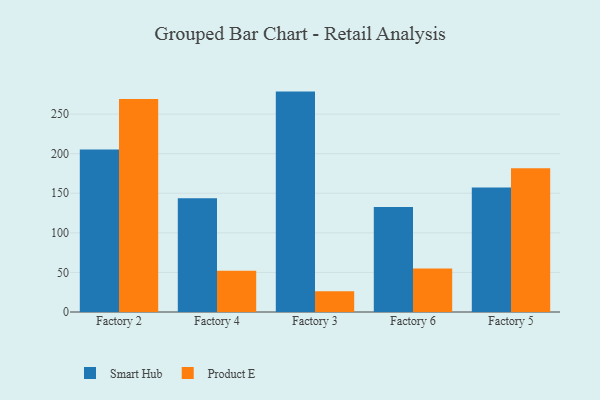
{"axis": {"x": "Factory", "y": "Demand Index"}, "legend": ["Product E", "Smart Hub"], "data": [{"x": "Factory 2", "y": 205.4, "type": "Smart Hub"}, {"x": "Factory 2", "y": 269.2, "type": "Product E"}, {"x": "Factory 4", "y": 143.7, "type": "Smart Hub"}, {"x": "Factory 4", "y": 52.2, "type": "Product E"}, {"x": "Factory 3", "y": 278.4, "type": "Smart Hub"}, {"x": "Factory 3", "y": 26.1, "type": "Product E"}, {"x": "Factory 6", "y": 132.6, "type": "Smart Hub"}, {"x": "Factory 6", "y": 55.1, "type": "Product E"}, {"x": "Factory 5", "y": 157.2, "type": "Smart Hub"}, {"x": "Factory 5", "y": 181.5, "type": "Product E"}]}